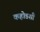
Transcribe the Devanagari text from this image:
कहोडशी